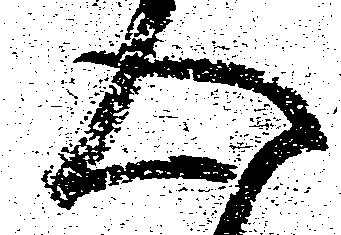
心